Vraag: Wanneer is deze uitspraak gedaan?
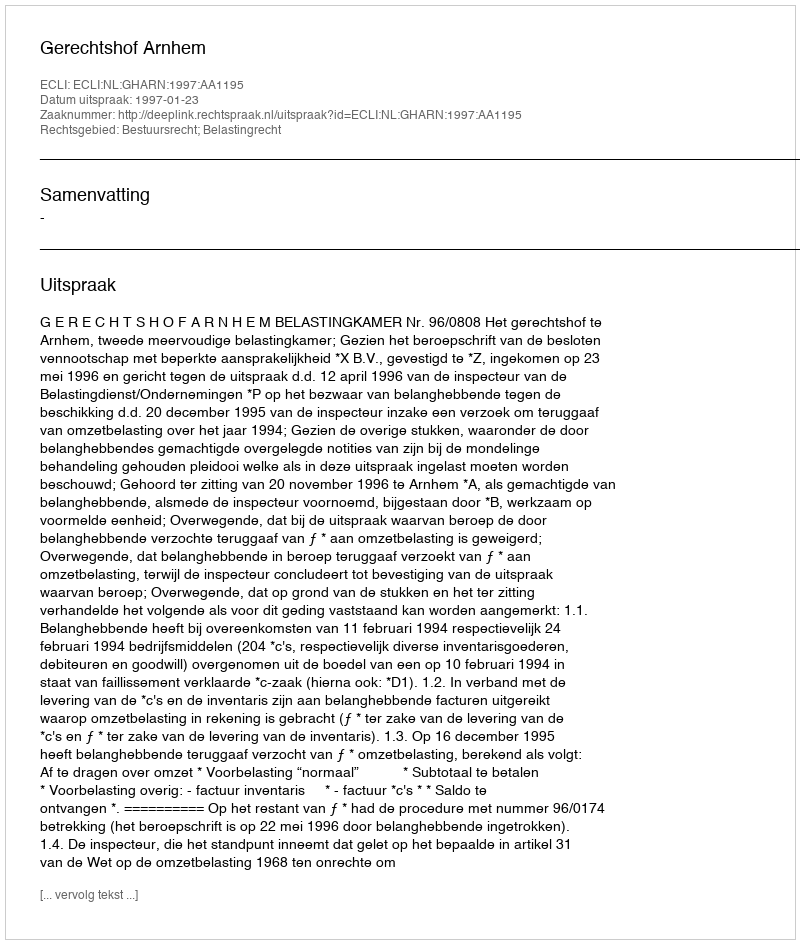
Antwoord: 1997-01-23